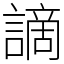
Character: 謫